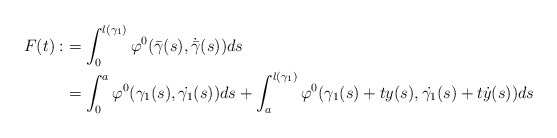
\begin{align*}F(t):&=\int_{0}^{l(\gamma_{1})}\varphi^0(\bar{\gamma}(s),\dot{\bar{\gamma}}(s))ds\\&=\int_{0}^{a}\varphi^0(\gamma_1(s),\dot{\gamma_1}(s))ds+\int_{a}^{l(\gamma_1)}\varphi^0(\gamma_1(s)+ty(s),\dot{\gamma_1}(s)+t\dot{y}(s))ds\end{align*}